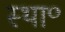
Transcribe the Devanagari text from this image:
स्था॰